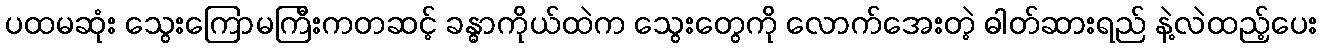
ပထမဆုံး သွေးကြောမကြီးကတဆင့် ခန္ဓာကိုယ်ထဲက သွေးတွေကို လောက်အေးတဲ့ ဓါတ်ဆားရည် နဲ့လဲထည့်ပေး